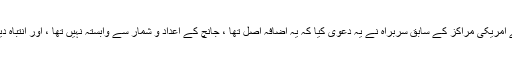
بیماریوں پر قابو پانے اور روک تھام کے لئے امریکی مراکز کے سابق سربراہ نے یہ دعوی کیا کہ یہ اضافہ اصل تھا ، جانچ کے اعداد و شمار سے وابستہ نہیں تھا ، اور انتباہ دیا تھا کہ ملک کے مستقبل میں اموات ہوں گی۔